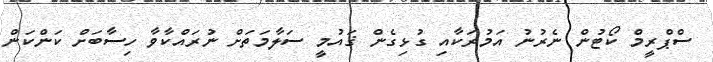
ސްޕްރީމް ކޯޓުން ނެރުނު އަމުރަކާއި ގުޅިގެން ޤައުމީ ސަލާމަތަށް ނުރައްކާވާ ހިސާބަށް ކަންކަން